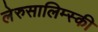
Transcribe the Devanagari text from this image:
लेरुसालिम्स्की